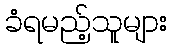
ခံရမည့်သူများ